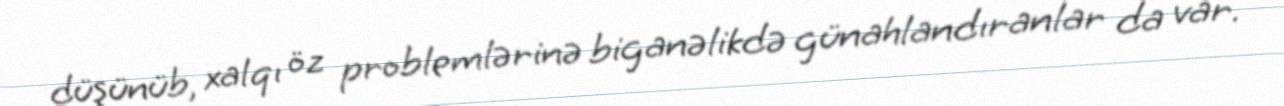
düşünüb, xalqı öz problemlərinə biganəlikdə günahlandıranlar da var.